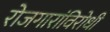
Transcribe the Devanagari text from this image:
रोजगारांविरोधी